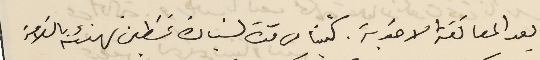
بعد المعانقة الاخوية. كتبنا من مدة لسَيادة غسَطين تهنئة بالسَلامة